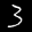
Label: 3